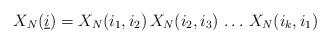
LaTeX: \begin{align*}X_{N}(\underline{i})=X_{N}(i_{1},i_{2})\,X_{N}(i_{2},i_{3})\,\ldots\,X_{N}(i_{k},i_{1}) \end{align*}